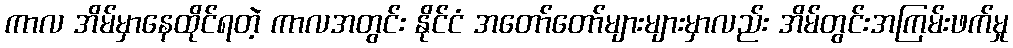
ကာလ အိမ်မှာနေထိုင်ရတဲ့ ကာလအတွင်း နိုင်ငံ အတော်တော်များများမှာလည်း အိမ်တွင်းအကြမ်းဖက်မှု